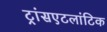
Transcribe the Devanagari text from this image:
ट्रांसएटलांटिक